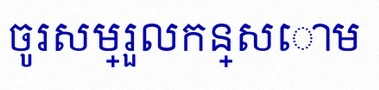
ចូរសម្រួលកន្សោម